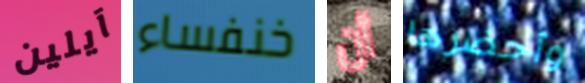
آيلين خنفساء أن وأحضرها